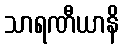
သာရဏီယာနိ